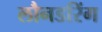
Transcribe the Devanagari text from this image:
लौनडरिंग